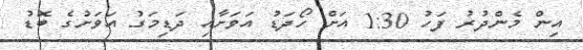
އިން މެންދުރު ފަހު 1:30 އަށް ހޯދަޑު އަވަށާއި ދަޑިމަގު އަވަށުގެ ބޮޑު